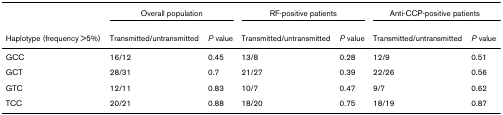
|  | <COLSPAN=2> Overall population | <COLSPAN=2> RF-positive patients | <COLSPAN=2> Anti-CCP-positive patients |
 | Haplotype (frequency >5%) | Transmitted/untransmitted | P value | Transmitted/untransmitted | P value | Transmitted/untransmitted | P value |
 | --- | --- | --- | --- | --- | --- | --- |
 | GCC | 16/12 | 0.45 | 13/8 | 0.28 | 12/9 | 0.51 |
 | GCT | 28/31 | 0.7 | 21/27 | 0.39 | 22/26 | 0.56 |
 | GTC | 12/11 | 0.83 | 10/7 | 0.47 | 9/7 | 0.62 |
 | TCC | 20/21 | 0.88 | 18/20 | 0.75 | 18/19 | 0.87 |